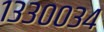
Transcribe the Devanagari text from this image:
१३३००३४